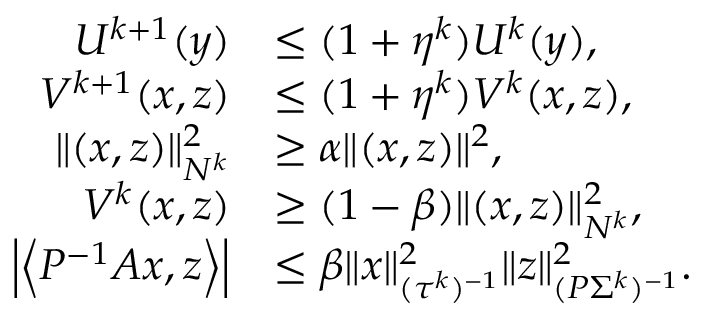
\begin{array} { r l } { U ^ { k + 1 } ( y ) } & { \leq ( 1 + \eta ^ { k } ) U ^ { k } ( y ) , } \\ { V ^ { k + 1 } ( x , z ) } & { \leq ( 1 + \eta ^ { k } ) V ^ { k } ( x , z ) , } \\ { \| ( x , z ) \| _ { N ^ { k } } ^ { 2 } } & { \geq \alpha \| ( x , z ) \| ^ { 2 } , } \\ { V ^ { k } ( x , z ) } & { \geq ( 1 - \beta ) \| ( x , z ) \| _ { N ^ { k } } ^ { 2 } , } \\ { \left| \left\langle P ^ { - 1 } A x , z \right\rangle \right| } & { \leq \beta \| x \| _ { ( \tau ^ { k } ) ^ { - 1 } } ^ { 2 } \| z \| _ { ( P \Sigma ^ { k } ) ^ { - 1 } } ^ { 2 } . } \end{array}